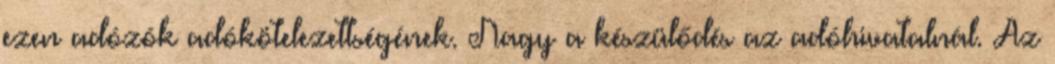
ezen adózók adókötelezettségének. Nagy a készülődés az adóhivatalnál. Az